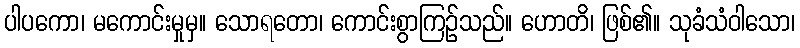
ပါပကော၊ မကောင်းမှုမှ။ သောရတော၊ ကောင်းစွာကြဉ်သည်။ ဟောတိ၊ ဖြစ်၏။ သုခံသံဝါသော၊